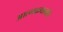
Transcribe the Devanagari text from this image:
आत्मकथनांत